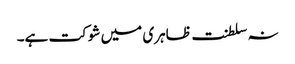
نہ سلطنت ظاہری میں شوکت ہے۔